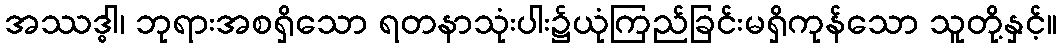
အဿဒ္ဓါ၊ ဘုရားအစရှိသော ရတနာသုံးပါး၌ယုံကြည်ခြင်းမရှိကုန်သော သူတို့နှင့်။